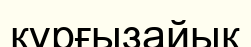
құрғызайық